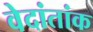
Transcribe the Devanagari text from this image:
वेदांतांक